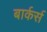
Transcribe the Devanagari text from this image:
बार्कर्स